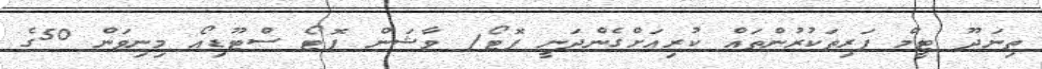
ތިނަދޫ ޓީމް ފަރިތަކުރުންތައް ކުރިއަށްގެންދަނީ ފޮޓޯ/ ވާޝަން ފޮޓޯ ސްޓޫޑިއޯ މިނިވަން 50ގެ